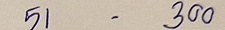
51 - 300